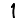
Digit: 1